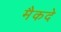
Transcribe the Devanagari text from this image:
मैकदे